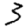
Digit: 3